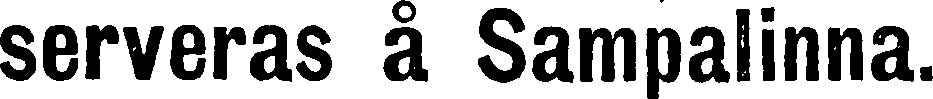
serveras å Sampalinna.